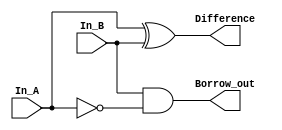
`timescale 1ns / 1ps

module Half_Subtractor(
    In_A, In_B, Difference, Borrow_out
    );
    input In_A, In_B;
    output Difference, Borrow_out;
    wire minus_A;
    
    // implement half subtractor circuit, your code starts from here.
    // gate(output, input1, input2)
    xor(Difference, In_A, In_B);
    not(minus_A, In_A);
    and(Borrow_out, In_B, minus_A);

endmodule